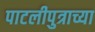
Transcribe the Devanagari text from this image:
पाटलीपुत्राच्या